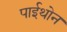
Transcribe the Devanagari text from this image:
पाईथोन